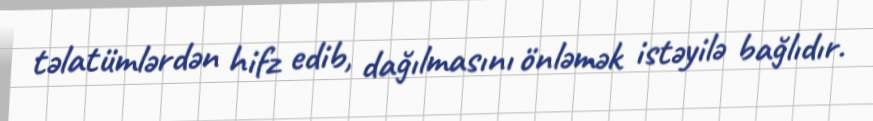
təlatümlərdən hifz edib, dağılmasını önləmək istəyilə bağlıdır.